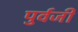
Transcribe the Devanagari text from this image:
पुर्वजी